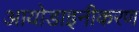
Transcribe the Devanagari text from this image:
आयोडाइनीकरण